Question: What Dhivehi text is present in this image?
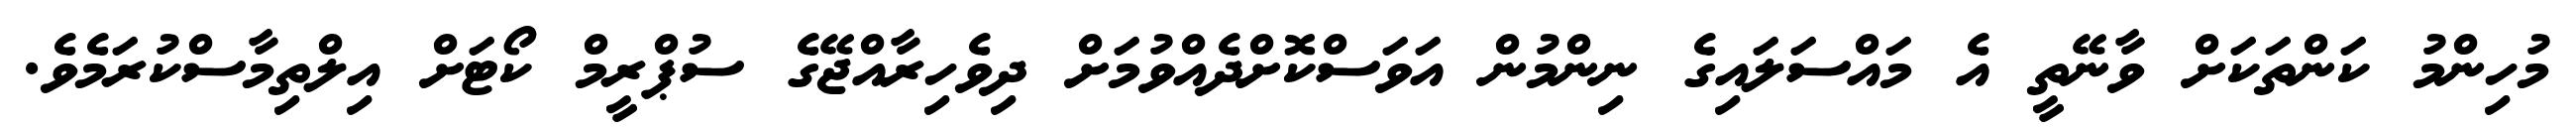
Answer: މުހިންމު ކަންތަކަށް ވާނޭތީ އެ މައްސަލައިގެ ނިންމުން އަވަސްކޮށްދެއްވުމަށް ދިވެހިރާއްޖޭގެ ސުޕްރީމް ކޯޓަށް އިލްތިމާސްކުރަމެވެ.